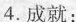
4.成就：